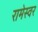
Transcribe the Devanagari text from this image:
रामेस्वर